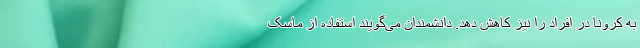
به کرونا در افراد را نیز کاهش دهد. دانشمندان می‌گویند استفاده از ماسک